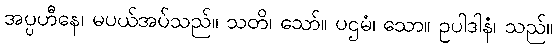
အပ္ပဟီနေ၊ မပယ်အပ်သည်။ သတိ၊ သော်။ ပဌမံ၊ သော။ ဥပါဒါနံ၊ သည်။